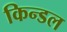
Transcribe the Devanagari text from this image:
किन्डल